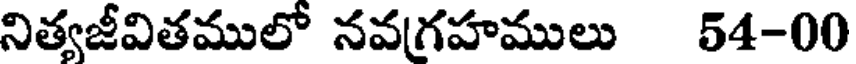
నిత్వజీవితములో నవగ్రహములు 54-00